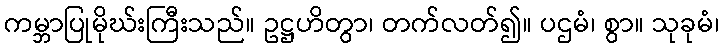
ကမ္ဘာပြုမိုဃ်းကြီးသည်။ ဥဋ္ဌဟိတွာ၊ တက်လတ်၍။ ပဌမံ၊ စွာ။ သုခုမံ၊